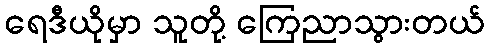
ရေဒီယိုမှာ သူတို့ ကြေညာသွားတယ်